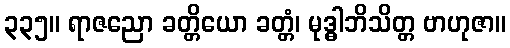
၃၃၅။ ရာဇညော ခတ္တိယော ခတ္တံ၊ မုဒ္ဓါဘိသိတ္တ ဗာဟုဇာ။